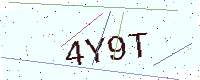
Text: 4Y9T